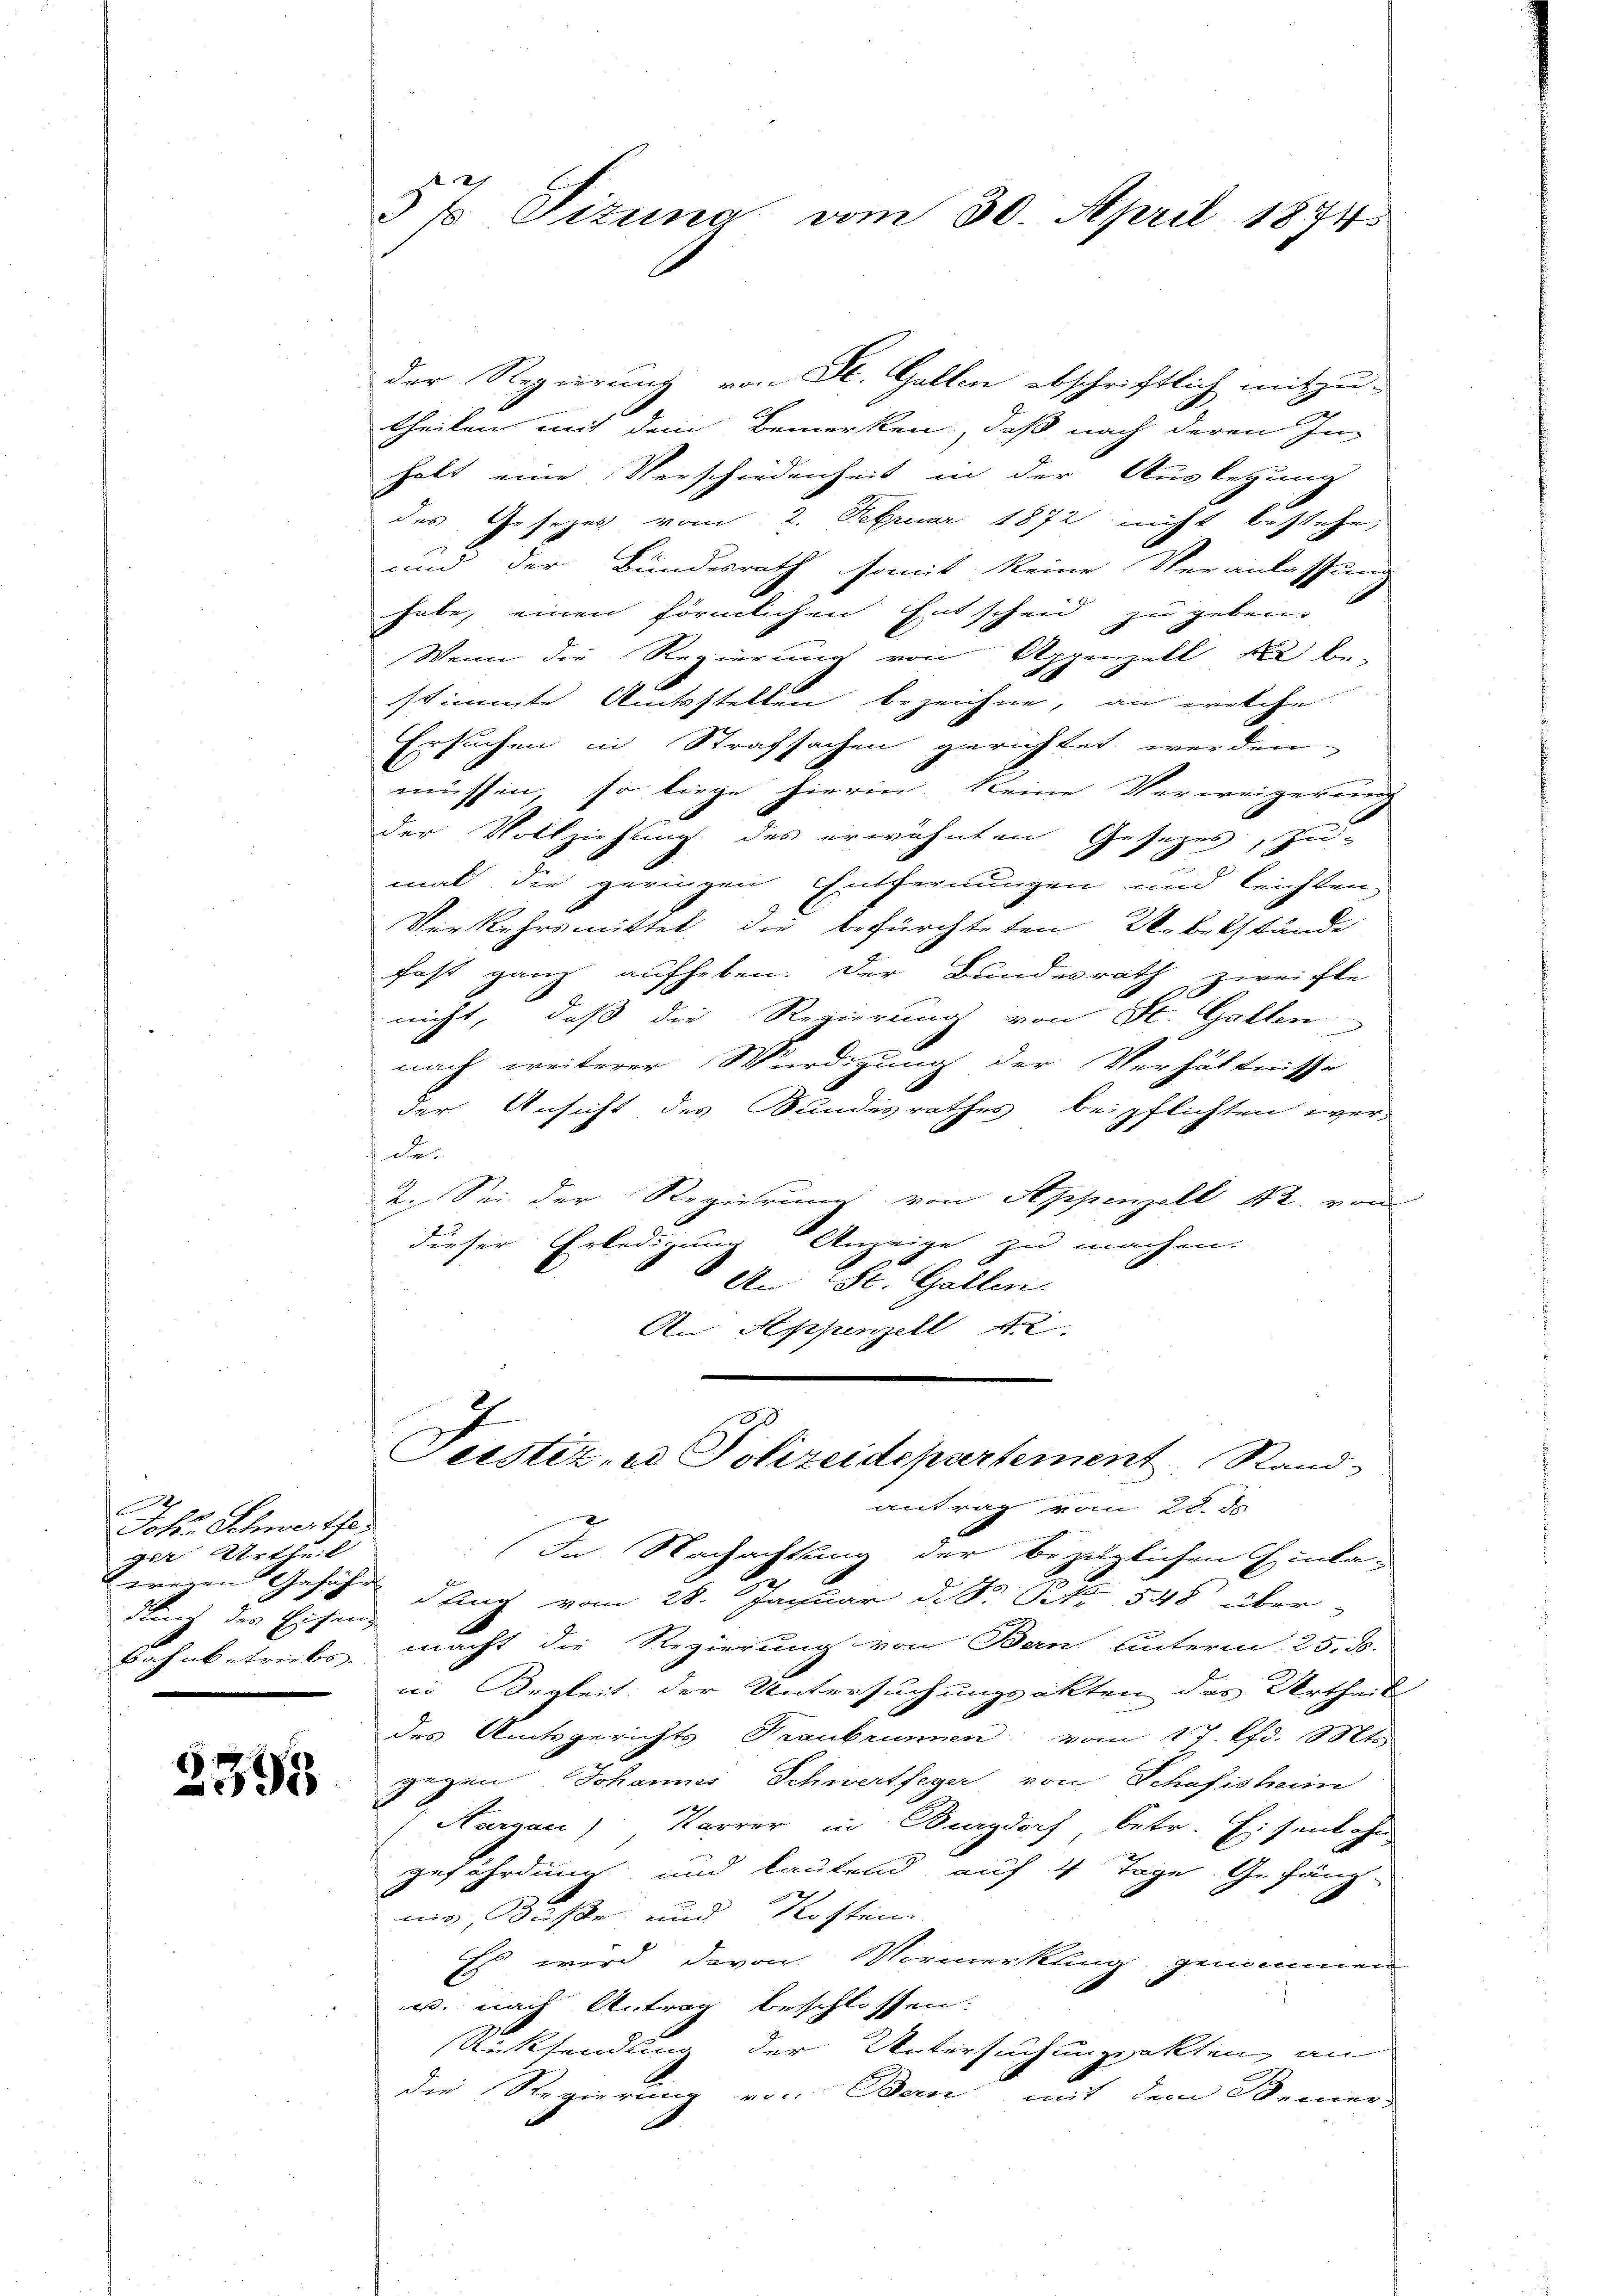
Johr Schwertfe
ger Urtheil
dling der Eisend
t

2395

57 Sizung vom 30. April 1874

der Regierung von St. Gallen abschriftlich mitzu-
theilen mit dem Bemerken, daß nach deren In-
halt eine Verschiedenheit in der Auslegung
des Gesetzes vom 2. Februar 1872 nicht bestehe,
und der Bundesrath somit keine Veranlassung
habe, einen förmlichen Entscheid zu geben.
Wenn die Regierung von Appenzell bel be-
stimmte Amtsstellen bezeichne, an welche
Ersuchen in Strafsachen gerichtet werden
müssen, so liege hierin, keine Verweigerung
der Vollziehung des erwähnten Gesezes, zu-
mal die geringen Entfernungen und leichten
Verkehrsmittel die befürchteten Ueberstände
fast ganz aufheben. Der Bundesrath zweifte
nicht, daß die Regierung von St. Gallen
nach weiterer Würdigung der Verhältnisse
der Ansicht, des Bundesrathes beipflichten wer-
de.
2. Sei der Regierung von Appenzell A. von
dieser Erledigung Anzeige zu machen.
e
 An St. Gallen.
An Appenzell
Feistiz, es Polizeidepartement, Rand
antrag vom 28. ds.
In Nachachtung der bezüglichen Einla-
weien Gefähr das vom 28. Januar d. Dr. Peto 548 über-
Bahnbetriebs, macht die Regierung von Bern unterm 25. d.
in Begleit der Untersuchungsakten des Urtheil
des Amtsgerichts Traubrunnen vom 17. d. Mts.
gegen Johannes Schwertfeger von Schafisheim
Aargau) Karrer in Burgdorf, betr. Eisenbahn
gefährdung und lautend auf 4 Tage Gefäng
nig, Buße und Kosten.
Es wird davon Vormerkling genommen.
w. nach Antrag beschlossen.
Rücksendung der Untersuchungsakten, an
die Regierung von Bern, mit dem Senier-